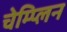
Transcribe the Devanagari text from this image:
चेम्प्लिन